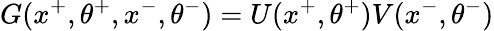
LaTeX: G(x^{+},\theta^{+},x^{-},\theta^{-})=U(x^{+},\theta^{+})V(x^{-},\theta^{-})